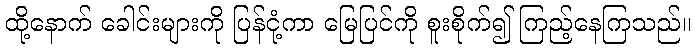
ထို့နောက် ခေါင်းများကို ပြန်ငုံ့ကာ မြေပြင်ကို စူးစိုက်၍ ကြည့်နေကြသည်။